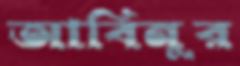
আবিনুর